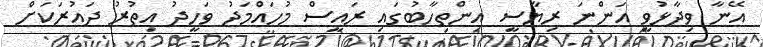
އޭނާ ވިދާޅުވީ އަންނަ ރިޔާސީ އިންތިހާބުގައި ރައީސް މުހައްމަދު ވަހީދު އިތުރު ދައުރަކަށް